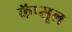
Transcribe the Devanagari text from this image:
कॅप्सूल